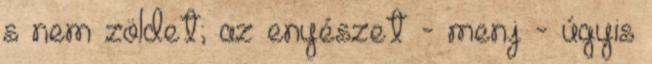
s nem zöldet; az enyészet - menj - úgyis